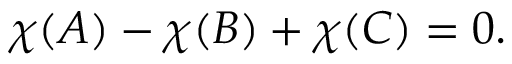
\chi ( A ) - \chi ( B ) + \chi ( C ) = 0 .